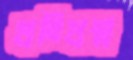
প্রতিপ্রশ্ন